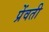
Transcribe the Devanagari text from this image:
प्रेंवती